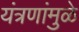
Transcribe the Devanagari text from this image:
यंत्रणांमुळे